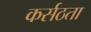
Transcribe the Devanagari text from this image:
कर्सठता